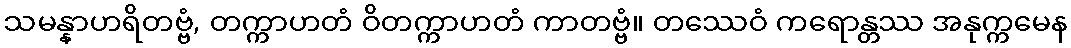
သမန္နာဟရိတဗ္ဗံ, တက္ကာဟတံ ဝိတက္ကာဟတံ ကာတဗ္ဗံ။ တဿေဝံ ကရောန္တဿ အနုက္ကမေန